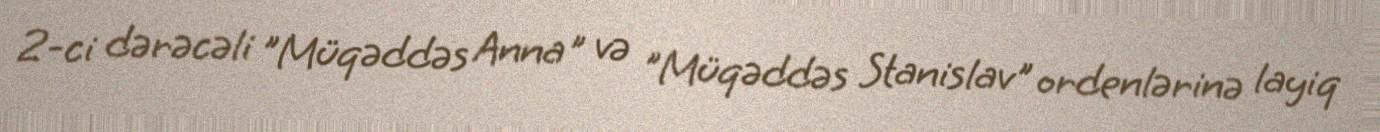
2-ci dərəcəli "Müqəddəs Anna" və "Müqəddəs Stanislav" ordenlərinə layiq